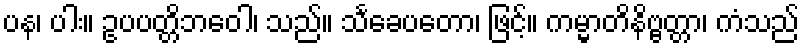
ပန၊ ပါး။ ဥပပတ္တိဘဝေါ၊ သည်။ သင်္ခေပတော၊ ဖြင့်။ ကမ္မာတိနိဗ္ဗတ္တာ၊ ကံသည်